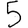
Digit: 5